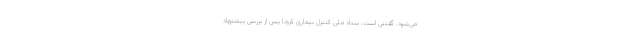
می‌شود. گفتنی است، ستاد ملی کنترل بیماری کرونا پس از بررسی پیشنهاد